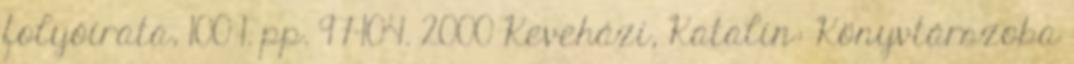
folyóirata, 100 1. pp. 97-104. 2000 Keveházi, Katalin: Könyvtárszoba